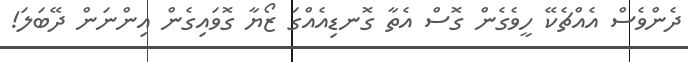
ދެންވެސް އެއްޗެކޭ ހީވެގެން ގޮސް އެތާ ގޮނޑިއެއްގަ ޒޯޔާ ގޮވައިގެން އިންނަން ދޭބަލަ!